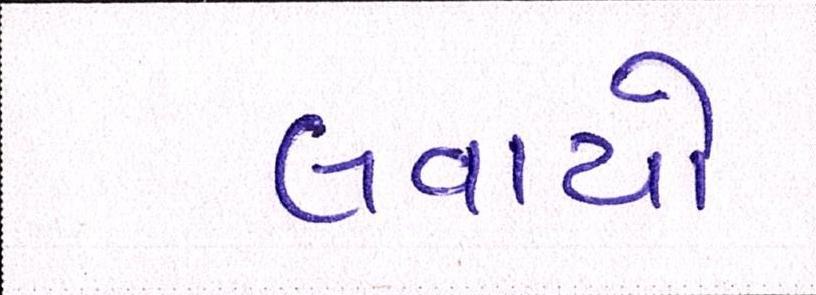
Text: લવાયો